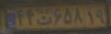
۴۴ت۶۵۸۱۹